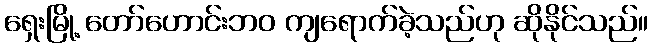
ရှေးမြို့ တော်ဟောင်းဘဝ ကျရောက်ခဲ့သည်ဟု ဆိုနိုင်သည်။